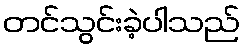
တင်သွင်းခဲ့ပါသည်